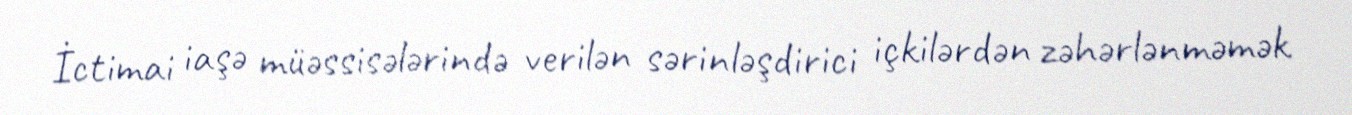
İctimai iaşə müəssisələrində verilən sərinləşdirici içkilərdən zəhərlənməmək